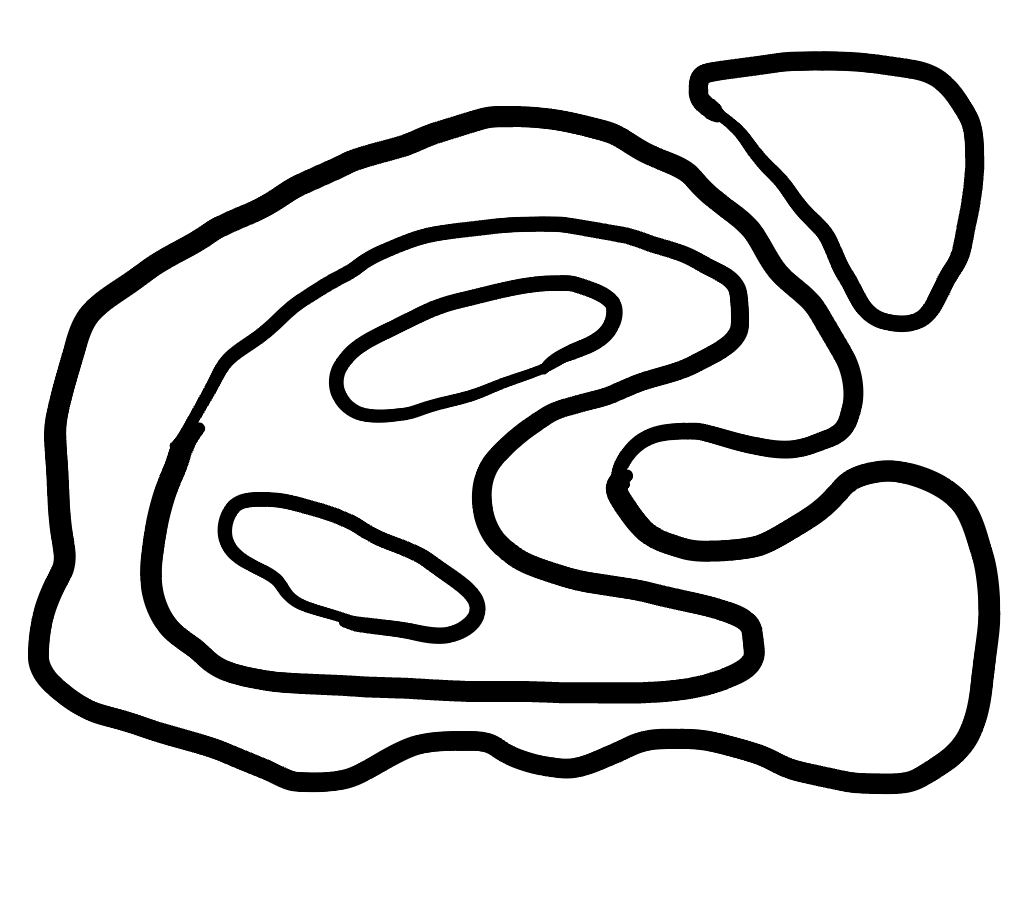
Number of regions (including the outer root region): 6
Containment tree edges (parent, child): 0, 1, 0, 5, 1, 2, 2, 3, 2, 4